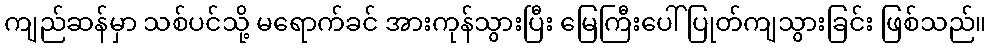
ကျည်ဆန်မှာ သစ်ပင်သို့ မရောက်ခင် အားကုန်သွားပြီး မြေကြီးပေါ် ပြုတ်ကျသွားခြင်း ဖြစ်သည်။